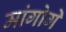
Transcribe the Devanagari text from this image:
मांगोगे